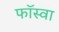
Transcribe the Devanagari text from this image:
फॉस्वा